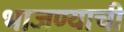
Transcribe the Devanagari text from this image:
भाजण्याची